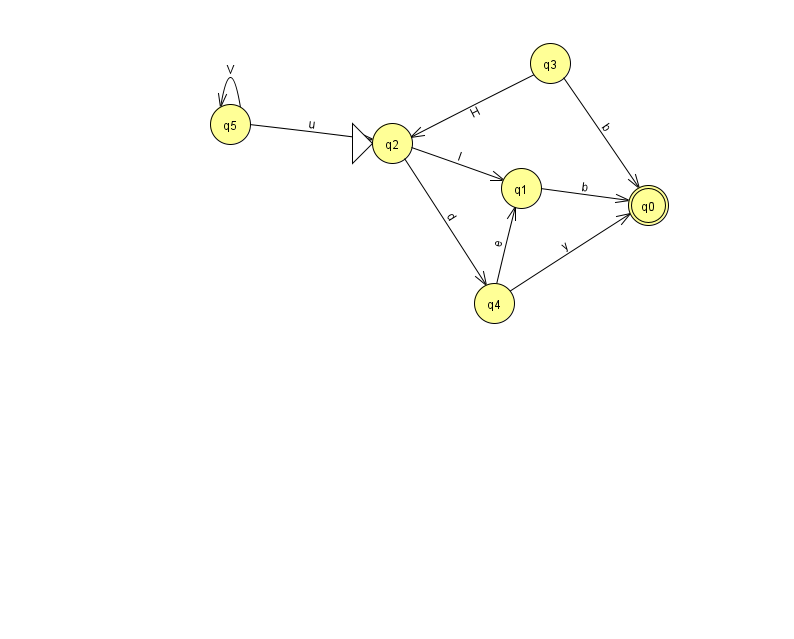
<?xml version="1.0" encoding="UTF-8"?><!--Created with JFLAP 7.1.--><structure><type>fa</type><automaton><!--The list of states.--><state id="0" name="q0"><x>648.0</x><y>192.0</y><final/></state><state id="1" name="q1"><x>521.0</x><y>175.0</y></state><state id="2" name="q2"><x>392.0</x><y>130.0</y><initial/></state><state id="3" name="q3"><x>550.0</x><y>50.0</y></state><state id="4" name="q4"><x>494.0</x><y>290.0</y></state><state id="5" name="q5"><x>230.0</x><y>111.0</y></state><!--The list of transitions.--><transition><from>3</from><to>2</to><read>H</read></transition><transition><from>3</from><to>0</to><read>b</read></transition><transition><from>5</from><to>5</to><read>V</read></transition><transition><from>2</from><to>1</to><read>I</read></transition><transition><from>4</from><to>1</to><read>e</read></transition><transition><from>4</from><to>0</to><read>y</read></transition><transition><from>5</from><to>2</to><read>u</read></transition><transition><from>1</from><to>0</to><read>b</read></transition><transition><from>2</from><to>4</to><read>d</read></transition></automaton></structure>